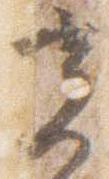
光